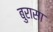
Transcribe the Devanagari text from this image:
बुरासा